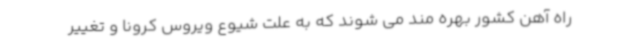
راه آهن کشور بهره مند می شوند که به علت شیوع ویروس کرونا و تغییر